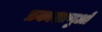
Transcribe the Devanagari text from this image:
प्रकाशाणुओं